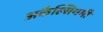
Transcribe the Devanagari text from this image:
अकैल्सियमी